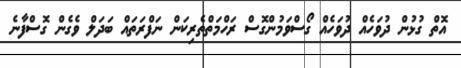
އޮތް ގުޅުން ދުވަހެއް ދުވަހެއް ގޯސްވަމުންގޮސް ރަހްމަތްތެރިކަން ނަފްރަތައް ބަދަލް ވެގެން ގޮސްފާނެ